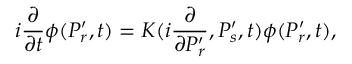
i { \frac { \partial } { \partial t } } \phi ( P _ { r } ^ { \prime } , t ) = K ( i { \frac { \partial } { \partial P _ { r } ^ { \prime } } } , P _ { s } ^ { \prime } , t ) \phi ( P _ { r } ^ { \prime } , t ) ,